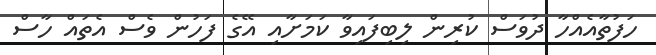
ހަފުތާއެއްހާ ދުވަސް ކުރިން ލިބިފައިވާ ކަމަށާއި އޭގެ ފަހުން ވެސް އެތައް ހާސް